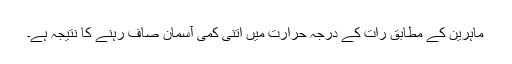
ماہرین کے مطابق رات کے درجہ حرارت میں اتنی کمی آسمان صاف رہنے کا نتیجہ ہے۔